Veterinary [1909] -
Year: 1909
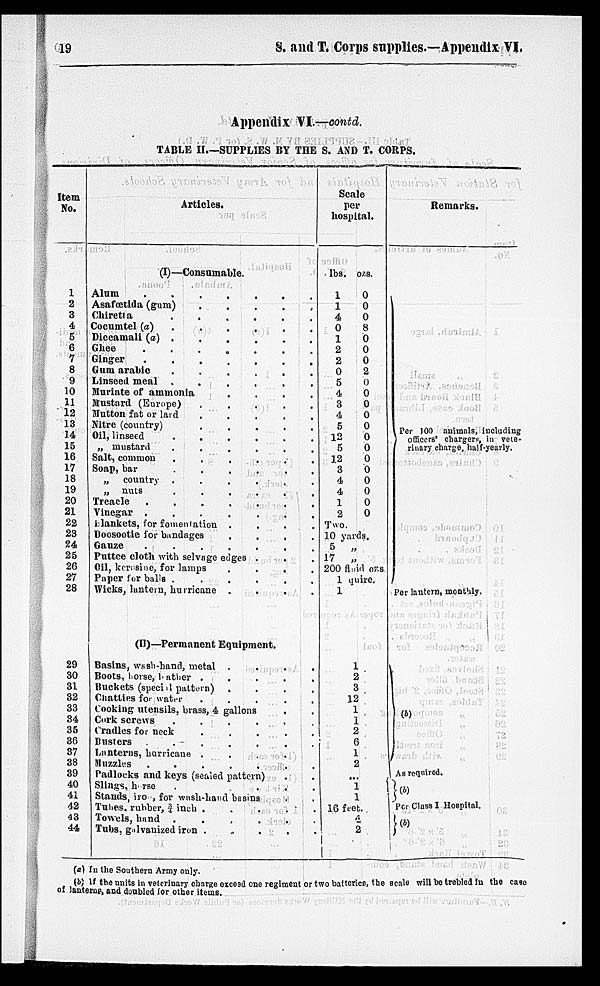
19
S.
and T. Corps supplies.—Appendix VI.
Appendix VI.—contd.
TABLE II.—SUPPLIES BY THE S. AND T. CORPS.
Item
No.
1
2
3
4
5
6
7
8
9
10
11
12
13
14
15
16
17
18
19
20
21
22
23
24
25
26
27
28
29
30
31
32
33
34
35
36
37
38
39
40
41
42
43
44
Articles.
(I)—Consumable.
Alum . . . . . . .
Asafœtida (gum)
. . . .
Chiretia
. . . . .
Cocumtel (a) . . . . .
Diccamali (a)
Ghee . . . . . . .
Ginger . . . . . . .
Gum arabie . . . . .
Linseed meal . . . . .
Muriate of ammonia . . . .
Mustard (Europe)
Mutton fat or lard . . . . .
Nitre (country) . . . . .
Oil, linseed . . . . . .
„ mustard . . . . . .
Salt, common
.
.
.
.
.
Soap, bar
.
.
.
.
.
„ country
.
.
.
.
.
„ nuts
.
.
.
.
.
Treacle
Vinegar
.
.
.
.
.
.
Hankets, for fomentation . . .
Doosootie for bandages . . .
Gauze
.
.
.
.
.
.
Puttee cloth with selvage edges . .
Oil, kerosine, for lamps . . .
Paper for balls . . . . .
Wicks, lantern, hurricane . . .
(II)—Permanent Equipment.
Basins, wash-hand, metal . . .
Boots, horse, bather .
. . .
Buckets (special pattern) . .
Chatties for water . . . .
Cooking utensils, brass, 4 gallons
Cork screws
.
.
.
.
.
Cradles for neck . . .
Busters
.
.
.
.
.
Lanterns, hurricane . . . .
Muzzles
.
.
.
.
.
Padlocks and keys (sealed pattern) . .
Slings, horse
Stands, iro , for wash-hand basins
Tulles, rubber, ¾ inch . . .
Towels, hand
.
.
.
.
Tubs, galvanized iron . . .
Scale
per
hospital.
lbs.
1
1
4
0
1
2
2
0
5
4
3
4
5
12
5
12
3
4
4
1
2
Two.
ozs.
0
0
0
8
0
0
0
2
0
0
0
0
0
0
0
0
0
0
0
0
0
10 yards.
5 „
17
„
200 fluid ozs.
1 quire.
1
1
2
3
12
1
1
2
6
1
2
...
1 1
16 feet.
4
2
Remarks.
Per 100 animals, including
officers' chargers, in vete-
rinary charge, half-yearly.
Per lantern, monthly.
(b)
As required.
(b)
Per Class I Hospital.
(b)
(a) In the Southern Army only.
(b) If the units in veterinary charge exceed one regiment or two batteries, the scale will be trebled in the case
of lanterns, and doubled for other items.